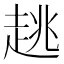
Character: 趒